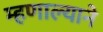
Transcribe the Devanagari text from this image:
म्हणाल्याने